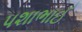
પશાભાઈ